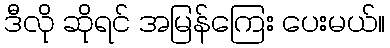
ဒီလို ဆိုရင် အမြန်ကြေး ပေးမယ်။